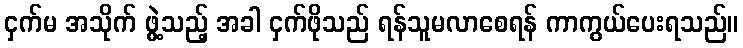
ငှက်မ အသိုက် ဖွဲ့သည့် အခါ ငှက်ဖိုသည် ရန်သူမလာစေရန် ကာကွယ်ပေးရသည်။